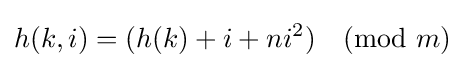
h(k,i)=(h(k)+i+ni^{2}){\pmod {m}}